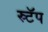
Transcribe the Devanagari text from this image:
स्र्टॅप